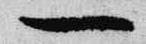
一